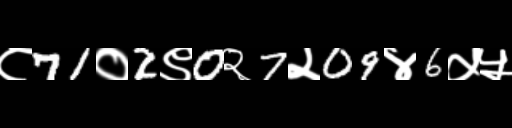
Text: ८71०2९0२7२09४6५५